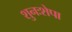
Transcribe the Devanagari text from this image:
शुनःशेपा